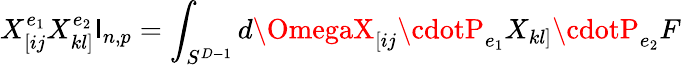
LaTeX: X_{[ij}^{e_{1}}X_{kl]}^{e_{2}}\mathsf{I}_{n,p}=\int_{S^{D-1}}d\OmegaX_{[ij}\cdotP_{e_{1}}X_{kl]}\cdotP_{e_{2}}F